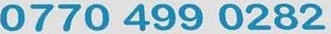
0770 499 0282